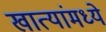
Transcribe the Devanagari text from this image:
खात्यांमध्ये